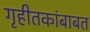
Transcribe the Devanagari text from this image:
गृहीतकांबाबत